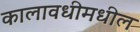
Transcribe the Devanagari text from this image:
कालावधीमधील